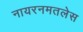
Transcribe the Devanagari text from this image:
नायरनमतलेस